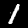
Label: 1